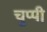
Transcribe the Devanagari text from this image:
चुप्‍पी